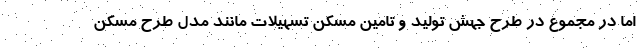
اما در مجموع در طرح جهش تولید و تامین مسکن تسهیلات مانند مدل طرح مسکن